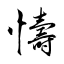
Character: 懤